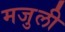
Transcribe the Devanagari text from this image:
मजुली